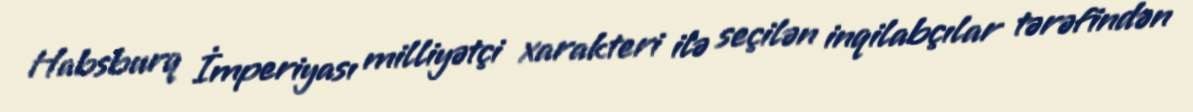
Habsburq İmperiyası milliyətçi xarakteri ilə seçilən inqilabçılar tərəfindən